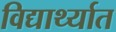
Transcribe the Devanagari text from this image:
विद्यार्थ्यात